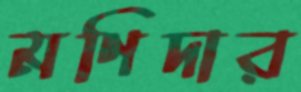
মণিদার